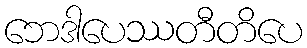
ဘေဒါပေဿတီတိပေ